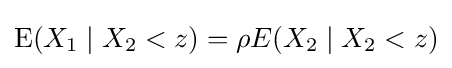
\operatorname {E} (X_{1}\mid X_{2}<z)=\rho E(X_{2}\mid X_{2}<z)